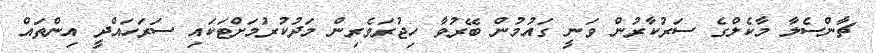
ޗާންސެލާ މާކެލްގެ ސަރުކާރުން ވަނީ ގައުމުން ބޭރުވާ ހިޖުރަވެރިން މަދުކުރުމަށްޓަކައި ސަރަހައްދީ އިންތައް